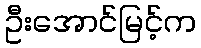
ဦးအောင်မြင့်က